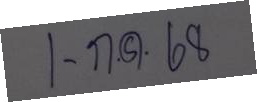
1 ก.ค. 68